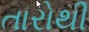
તારોથી